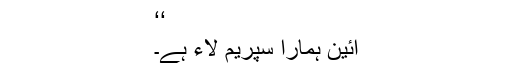
‘‘
آئین ہمارا سپریم لاء ہے۔